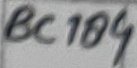
Text: BC184